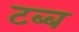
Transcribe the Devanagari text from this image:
टब्ब